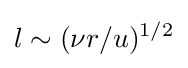
l\sim (\nu r/u)^{1/2}